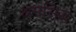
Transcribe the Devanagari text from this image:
श्रमसिद्ध